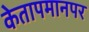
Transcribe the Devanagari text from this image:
केतापमानपर